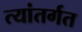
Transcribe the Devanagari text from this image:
त्यांतर्गत